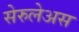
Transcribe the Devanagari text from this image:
सेरुलेअस